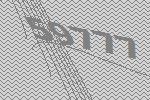
59777